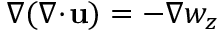
\nabla ( \nabla \! \cdot \! \mathbf { u } ) = - \nabla w _ { z }